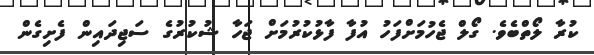
ކުރާ ލޯތްބެވެ. ގޯލް ޖެހުމަށްފަހު އުފާ ފާޅުކުރުމަށް ޖަހާ ޝުކުރުގެ ސަޖިދައިން ފެށިގެން